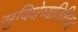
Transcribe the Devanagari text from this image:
सुविधेव्यतिरिक्त